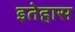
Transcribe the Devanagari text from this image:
इतेहास